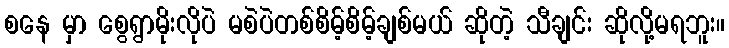
စနေ မှာ စွေရွာမိုးလိုပဲ မစဲပဲတစ်စိမ့်စိမ့်ချစ်မယ် ဆိုတဲ့ သီချင်း ဆိုလို့မရဘူး။